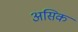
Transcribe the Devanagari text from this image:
असिक